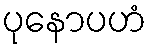
ပုနောပဟံ